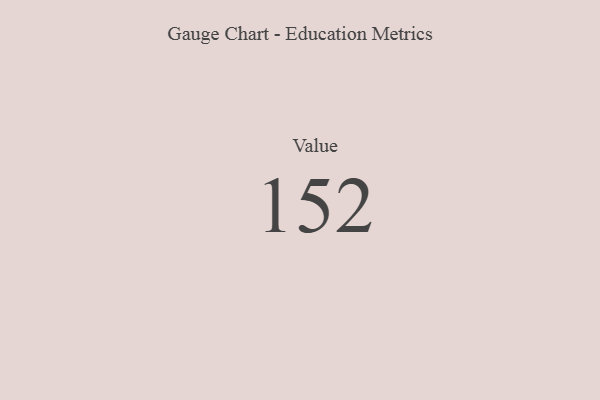
{"axis": {"x": "Metric", "y": "Value"}, "legend": [""], "data": [{"x": "Value", "y": 152, "type": ""}]}